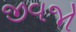
જીવજો